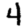
Digit: 4